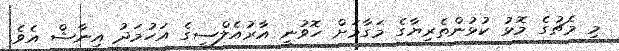
މި މެޗުގެ މޮޅު ކުޅުންތެރިޔާގެ މަގާމަށް ހޮވުނީ އާރުއެލްސީގެ އަހުމަދު އިނާޝް އެވެ.